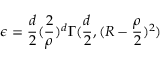
\epsilon = \frac { d } { 2 } ( \frac { 2 } { \rho } ) ^ { d } \Gamma ( \frac { d } { 2 } , ( R - \frac { \rho } { 2 } ) ^ { 2 } )